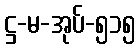
ဋ္ဌ-မ-အုပ်-၅၁၅